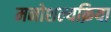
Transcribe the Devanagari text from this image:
मनोशल्यक्रिया